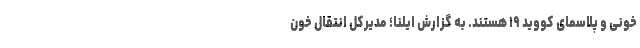
خونی و پلاسمای کووید ۱۹ هستند. به گزارش ایلنا؛ مدیرکل انتقال خون